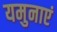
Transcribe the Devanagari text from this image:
यमुनाएं